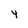
Character: Y